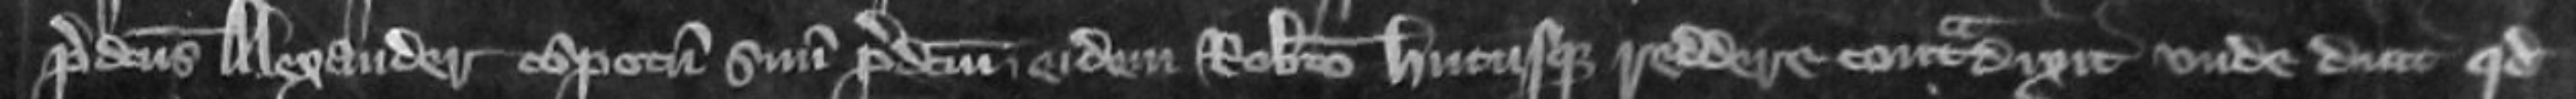
predictus Alexander compotum suum predictum eidem Roberto hucusque reddere contradixit unde dicit quod